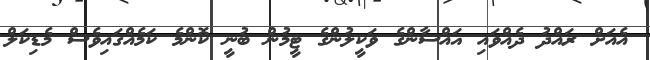
އެއަށް ރައްދު ދެއްވައި ޣައްސާންގެ ވަކީލުންގެ ޓީމުން ބުނީ ކޮންމެ ކަމެއްގައިވެސް މެޑިކަލް